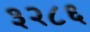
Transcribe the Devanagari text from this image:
३२८६